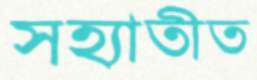
সহ্যাতীত